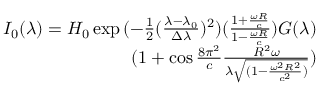
\begin{array} { r } { I _ { 0 } ( \lambda ) = H _ { 0 } \exp { ( - \frac { 1 } { 2 } ( \frac { \lambda - \lambda _ { 0 } } { \Delta \lambda } ) ^ { 2 } ) ( \frac { 1 + \frac { \omega R } { c } } { 1 - \frac { \omega R } { c } } ) } G ( \lambda ) } \\ { ( 1 + \cos { \frac { 8 \pi ^ { 2 } } { c } \frac { R ^ { 2 } \omega } { \lambda \sqrt { ( 1 - \frac { \omega ^ { 2 } R ^ { 2 } } { c ^ { 2 } } ) } } } ) } \end{array}